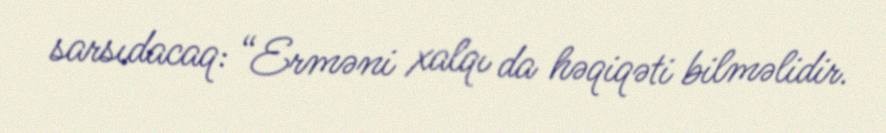
sarsıdacaq: “Erməni xalqı da həqiqəti bilməlidir.